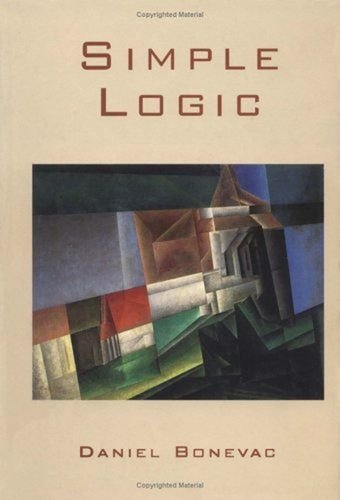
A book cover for Simple Logic; Daniel Bonevac; Politics & Social Sciences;